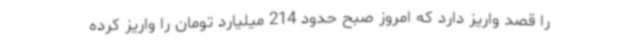
را قصد واریز دارد که امروز صبح حدود 214 میلیارد تومان را واریز کرده